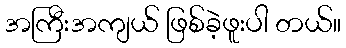
အကြီးအကျယ် ဖြစ်ခဲ့ဖူးပါ တယ်။